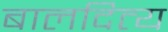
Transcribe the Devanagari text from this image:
बालदित्य